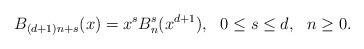
LaTeX: \begin{align*}B_{(d+1)n+s}(x)=x^sB_n^s(x^{d+1}), \ \ 0\leq s\leq d, \ \ n\geq 0.\end{align*}